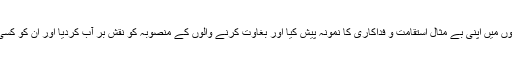
بہادر اور شجاع ملت نے امام کے حکم سے شاہ کی فوج کے حملے کو روکنے کے لئے شہر کے حساس علاقوں میں اپنی بے مثال استقامت و فداکاری کا نمونہ پیش کیا اور بغاوت کرنے والوں کے منصوبہ کو نقش بر آب کردیا اور ان کو کسی طرح کی کوئی مہلت نہ دی اور سرانجام 5 جون کے قیام کی کامیابی 11 فروری 1979ء کو سننے کو ملی۔